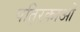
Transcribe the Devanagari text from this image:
पति्रकाओं